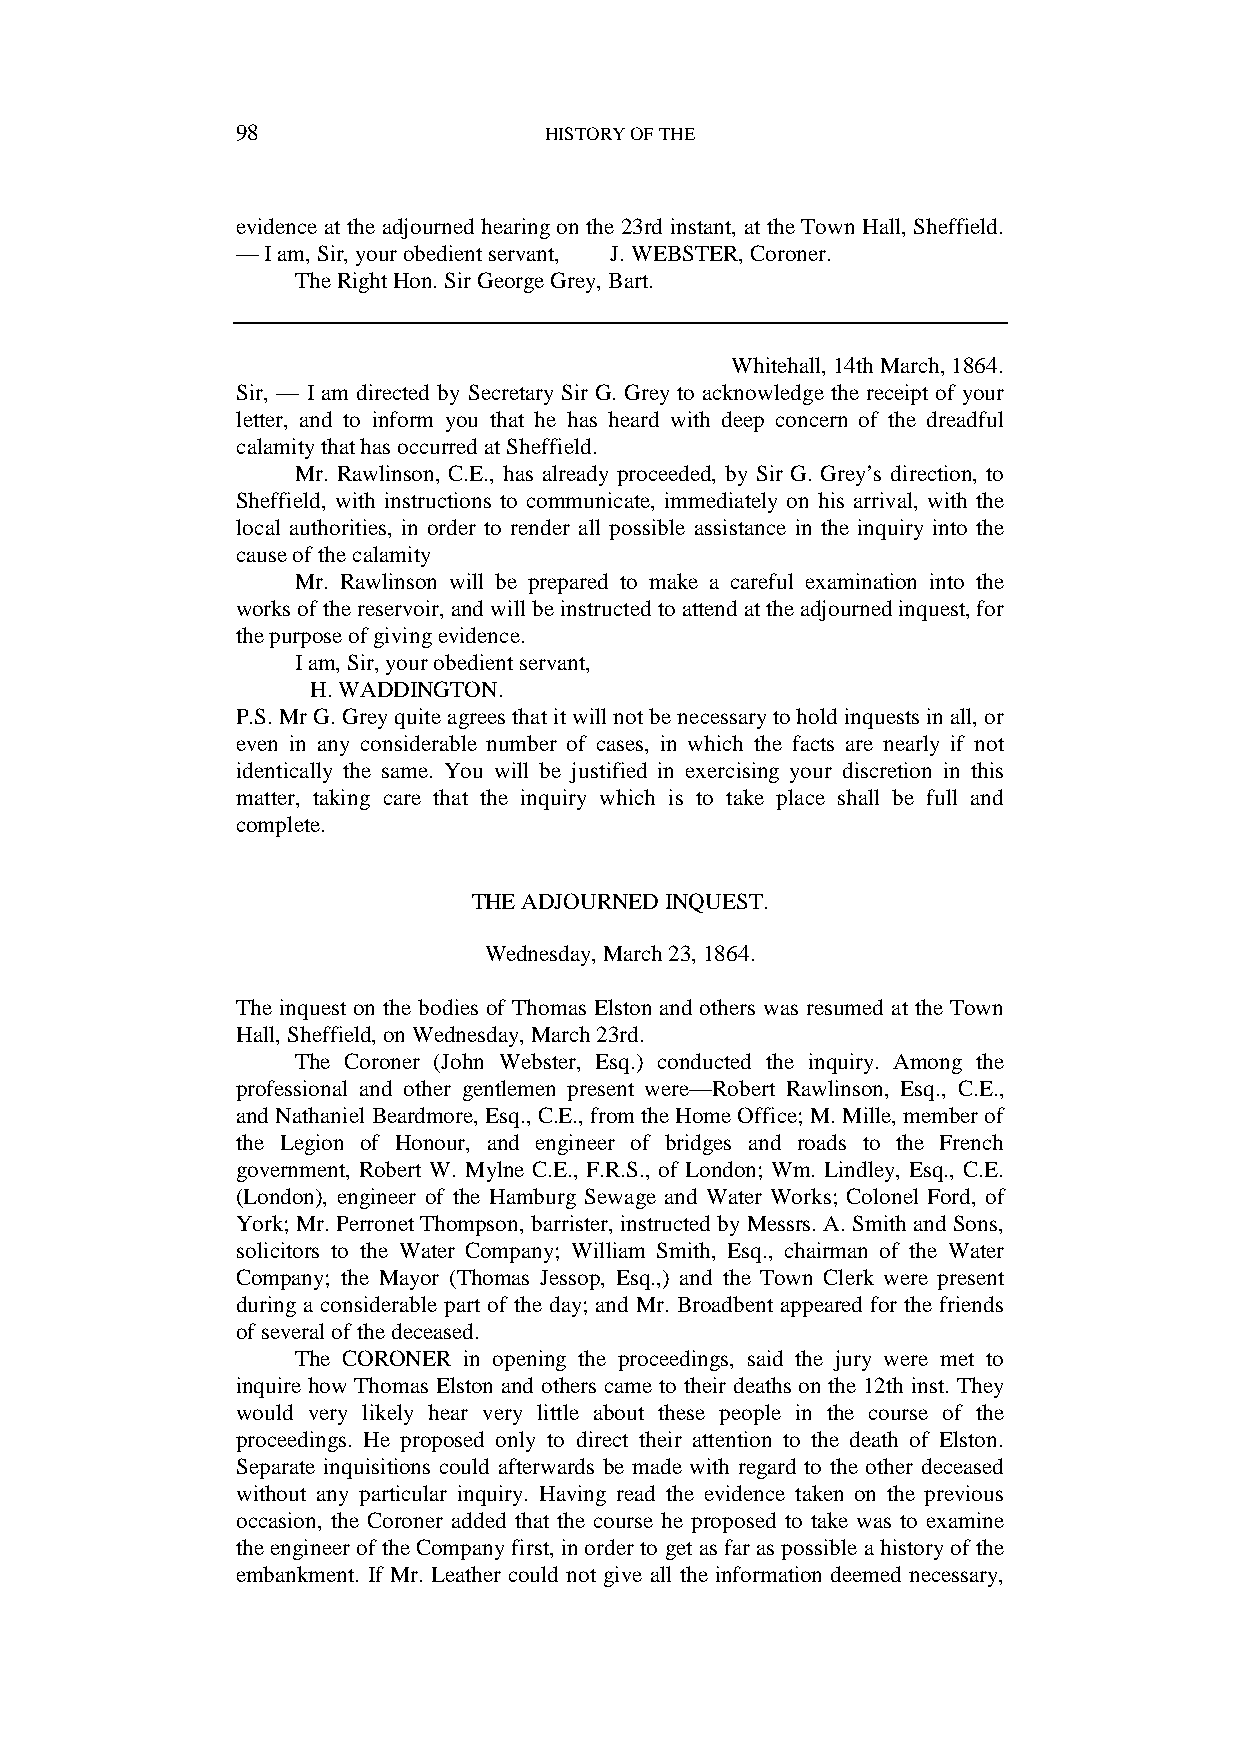
98                  HISTORY OF THE
 evidence at the adjourned hearing on the 23rd instant, at the Town Hall, Sheffield.
 — I am, Sir, your obedient servant, J. WEBSTER, Coroner.
 The Right Hon. Sir George Grey, Bart.
 Whitehall, 14th March, 1864.
 Sir, — I am directed by Secretary Sir G. Grey to acknowledge the receipt of your
 letter, and to inform you that he has heard with deep concern of the dreadful
 calamity that has occurred at Sheffield.
 Mr. Rawlinson, C.E., has already proceeded, by Sir G. Grey’s direction, to
 Sheffield, with instructions to communicate, immediately on his arrival, with the
 local authorities, in order to render all possible assistance in the inquiry into the
 cause of the calamity
 Mr. Rawlinson will be prepared to make a careful examination into the
 works of the reservoir, and will be instructed to attend at the adjourned inquest, for
 the purpose of giving evidence.
 I am, Sir, your obedient servant,
 H. WADDINGTON.
 P.S. Mr G. Grey quite agrees that it will not be necessary to hold inquests in all, or
 even in any considerable number of cases, in which the facts are nearly if not
 identically the same. You will be justified in exercising your discretion in this
 matter, taking care that the inquiry which is to take place shall be full and
 complete.
 THE ADJOURNED INQUEST.
 Wednesday, March 23, 1864.
 The inquest on the bodies of Thomas Elston and others was resumed at the Town
 Hall, Sheffield, on Wednesday, March 23rd.
 The Coroner (John Webster, Esq.) conducted the inquiry. Among the
 professional and other gentlemen present were—Robert Rawlinson, Esq., C.E.,
 and Nathaniel Beardmore, Esq., C.E., from the Home Office; M. Mille, member of
 the Legion of Honour, and engineer of bridges and roads to the French
 government, Robert W. Mylne C.E., F.R.S., of London; Wm. Lindley, Esq., C.E.
 (London), engineer of the Hamburg Sewage and Water Works; Colonel Ford, of
 York; Mr. Perronet Thompson, barrister, instructed by Messrs. A. Smith and Sons,
 solicitors to the Water Company; William Smith, Esq., chairman of the Water
 Company; the Mayor (Thomas Jessop, Esq.,) and the Town Clerk were present
 during a considerable part of the day; and Mr. Broadbent appeared for the friends
 of several of the deceased.
 The CORONER in opening the proceedings, said the jury were met to
 inquire how Thomas Elston and others came to their deaths on the 12th inst. They
 would very likely hear very little about these people in the course of the
 proceedings. He proposed only to direct their attention to the death of Elston.
 Separate inquisitions could afterwards be made with regard to the other deceased
 without any particular inquiry. Having read the evidence taken on the previous
 occasion, the Coroner added that the course he proposed to take was to examine
 the engineer of the Company first, in order to get as far as possible a history of the
 embankment. If Mr. Leather could not give all the information deemed necessary,